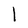
Character: l